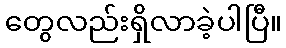
တွေလည်းရှိလာခဲ့ပါပြီ။